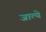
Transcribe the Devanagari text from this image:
जात्ये